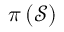
\pi \left( \mathcal { S } \right)